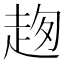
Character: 𧻌